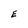
Character: E